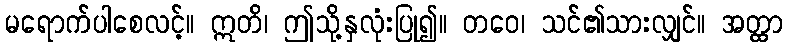
မရောက်ပါစေလင့်။ ဣတိ၊ ဤသို့နှလုံးပြု၍။ တဝေ၊ သင်၏သားလျှင်။ အတ္ထာ